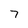
Character: 7